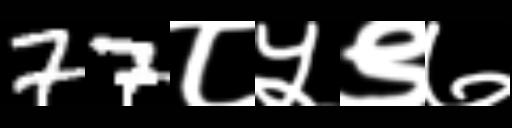
Text: 77८५९७